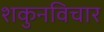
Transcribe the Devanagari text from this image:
शकुनविचार